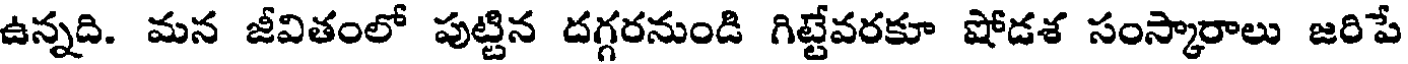
ఉన్నది. మన జీవితంలో పుట్టిన దగ్గరనుండి గిట్టేవరకూ షోడశ సంస్కారాలు జరిపే